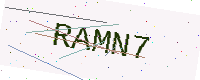
Text: RAMN7